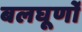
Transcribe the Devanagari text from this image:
बलघूर्णो